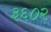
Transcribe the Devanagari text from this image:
३६०२